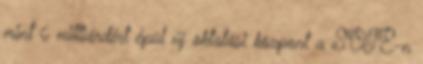
mint 6 milliárdért épül új oktatási központ a SOTE-n